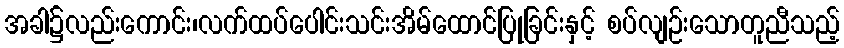
အခါ၌လည်းကောင်း၊လက်ထပ်ပေါင်းသင်းအိမ်ထောင်ပြုခြင်းနှင့် စပ်လျဉ်းသောတူညီသည့်